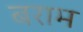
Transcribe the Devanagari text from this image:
बराम